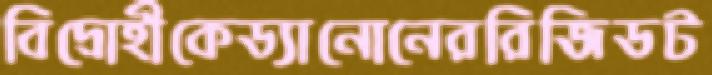
বিদ্রোহীকেড্যানোনেররিজিডট